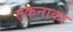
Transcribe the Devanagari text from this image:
तकनाका